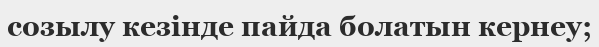
созылу кезінде пайда болатын кернеу;